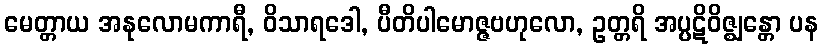
မေတ္တာယ အနုလောမကာရီ, ဝိသာရဒေါ, ပီတိပါမောဇ္ဇဗဟုလော, ဥတ္တရိ အပ္ပဋိဝိဇ္ဈန္တော ပန